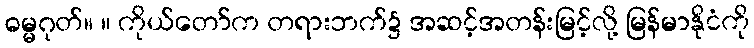
ဓမ္မဂုတ်။ ။ ကိုယ်တော်က တရားဘက်၌ အဆင့်အတန်းမြင့်လို့ မြန်မာနိုငံကို